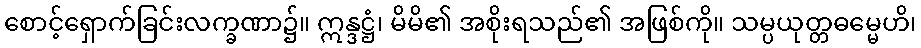
စောင့်ရှောက်ခြင်းလက္ခဏာ၌။ ဣန္ဒဋ္ဌံ၊ မိမိ၏ အစိုးရသည်၏ အဖြစ်ကို။ သမ္ပယုတ္တဓမ္မေဟိ၊